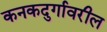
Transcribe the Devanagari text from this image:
कनकदुर्गावरील